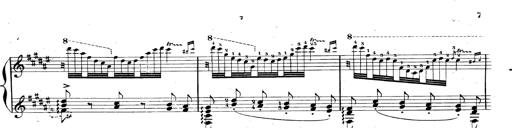
Title: AnnÃ©es de pÃ¨lerinage II, SupplÃ©ment
Composer: Franz Liszt